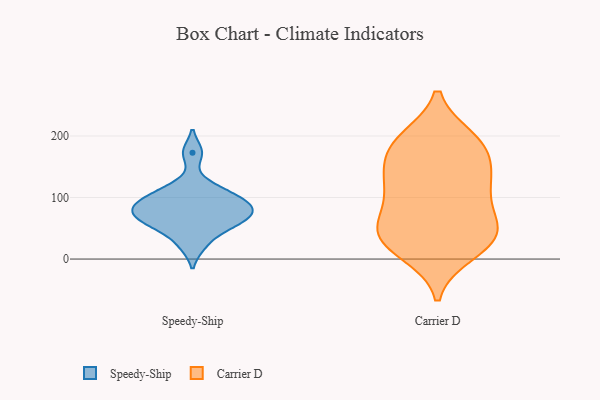
{"axis": {"x": "Gross Profit (USD K)", "y": "Value"}, "legend": ["Carrier D", "Speedy-Ship"], "data": [{"x": "", "y": 91, "type": "Speedy-Ship"}, {"x": "", "y": 58, "type": "Speedy-Ship"}, {"x": "", "y": 22, "type": "Speedy-Ship"}, {"x": "", "y": 82, "type": "Speedy-Ship"}, {"x": "", "y": 65, "type": "Speedy-Ship"}, {"x": "", "y": 91, "type": "Speedy-Ship"}, {"x": "", "y": 116, "type": "Speedy-Ship"}, {"x": "", "y": 173, "type": "Speedy-Ship"}, {"x": "", "y": 109, "type": "Speedy-Ship"}, {"x": "", "y": 83, "type": "Speedy-Ship"}, {"x": "", "y": 49, "type": "Speedy-Ship"}, {"x": "", "y": 68, "type": "Speedy-Ship"}, {"x": "", "y": 195, "type": "Carrier D"}, {"x": "", "y": 168, "type": "Carrier D"}, {"x": "", "y": 194, "type": "Carrier D"}, {"x": "", "y": 98, "type": "Carrier D"}, {"x": "", "y": 22, "type": "Carrier D"}, {"x": "", "y": 50, "type": "Carrier D"}, {"x": "", "y": 117, "type": "Carrier D"}, {"x": "", "y": 185, "type": "Carrier D"}, {"x": "", "y": 10, "type": "Carrier D"}, {"x": "", "y": 39, "type": "Carrier D"}, {"x": "", "y": 129, "type": "Carrier D"}, {"x": "", "y": 65, "type": "Carrier D"}, {"x": "", "y": 133, "type": "Carrier D"}, {"x": "", "y": 181, "type": "Carrier D"}, {"x": "", "y": 125, "type": "Carrier D"}, {"x": "", "y": 43, "type": "Carrier D"}, {"x": "", "y": 25, "type": "Carrier D"}, {"x": "", "y": 53, "type": "Carrier D"}]}